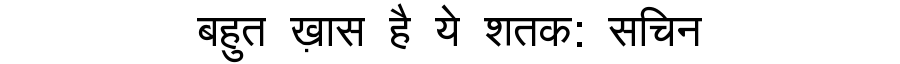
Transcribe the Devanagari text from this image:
बहुत ख़ास है ये शतक: सचिन